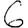
Digit: 6